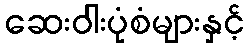
ဆေးဝါးပုံစံများနှင့်